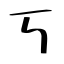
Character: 丂